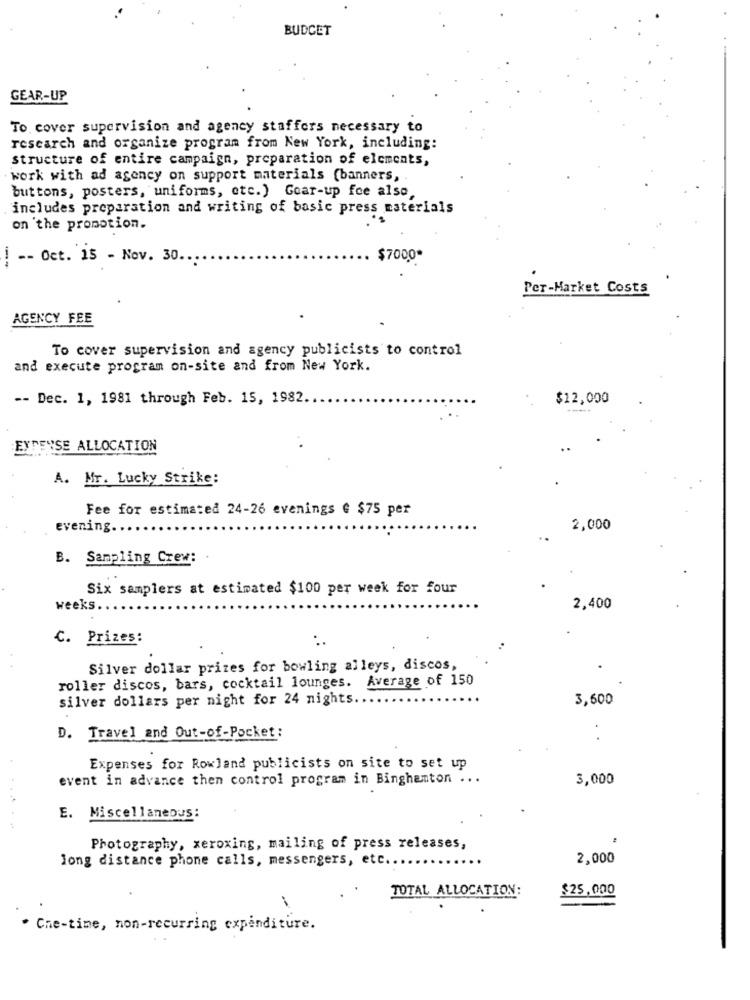
BUDGET
GEAR-UP
To cover supervision and agency staffers necessary to
research and organize program from New York, including:
structure of entire campaign, preparation of elements,
work with ad agency on support materials (banners,
buttons, posters, uniforms, etc. ) Goar-up fee also,
includes preparation and writing of basic press materials
on the promotion.
-- Oct. 15 - Nov. 30.
$7000*
Per-Market Costs
AGENCY FEE
To cover supervision and agency publicists to control
and execute program on-site and from New York.
-- Dec. 1, 1981 through Feb. 15, 1982.
$12,000
EYTENSE ALLOCATION
A. Mr. Lucky Strike:
Fee for estimated 24-26 evenings € $75 per
evening ..
2,000
B. Sampling Crew:
Six samplers at estimated $100 per week for four
weeks
2,400
C. Prizes:
Silver dollar prizes for bowling alleys, discos,
roller discos, bars, cocktail lounges. Average of 150
silver dollars per night for 24 nights.
3,600
D. Travel and Out-of-Pocket :
.
Expenses for Rowland publicists on site to set up
event in advance then control program in Binghamton ...
3,000
E. Miscellaneous:
Photography, xeroxing, mailing of press releases,
long distance phone calls, messengers, etc ..
2,000
TOTAL ALLOCATION:
$25,000
. Che-time, non-recurring expenditure.